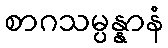
စာဂသမ္ပန္နာနံ